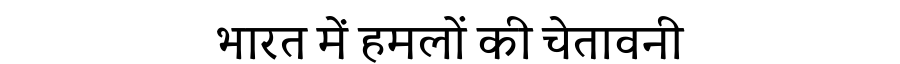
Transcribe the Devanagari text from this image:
भारत में हमलों की चेतावनी